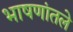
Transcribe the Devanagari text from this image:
भाषणांतले